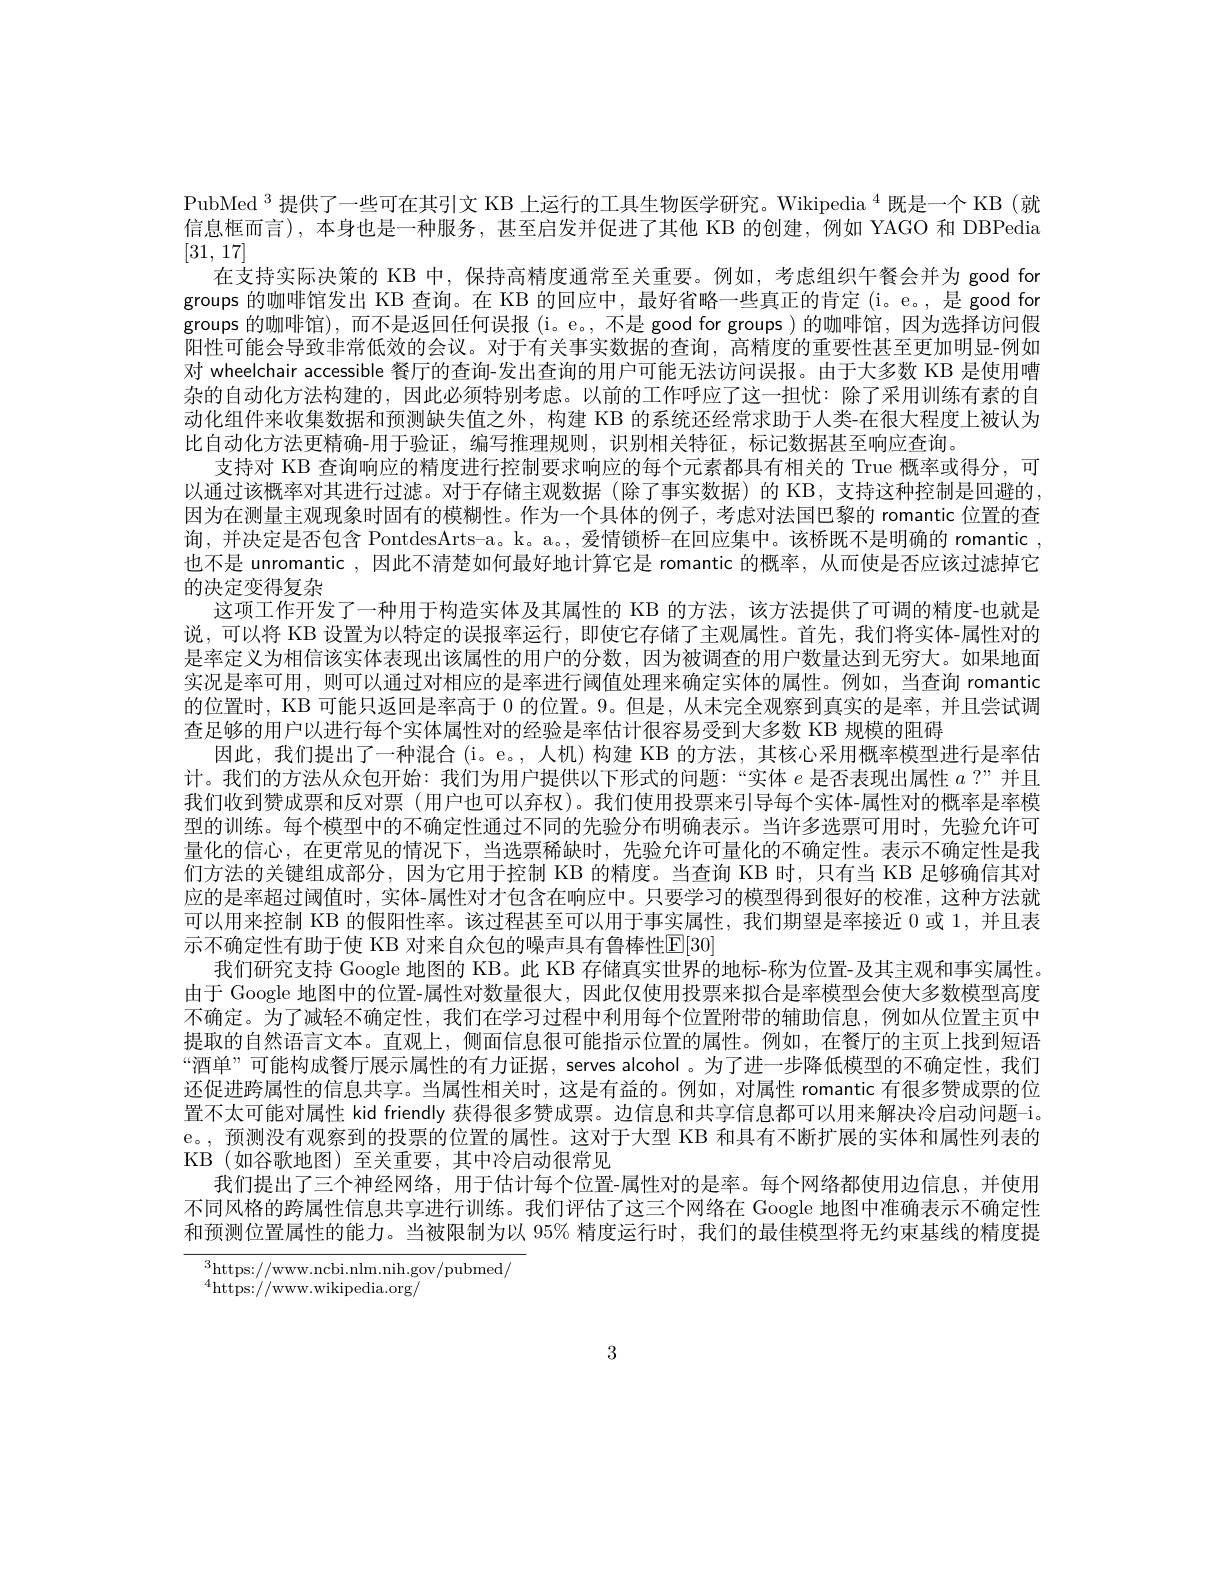
PubMed $^{3}$提供了一些可在其引文 KB 上运行的工具生物医学研究。Wikipedia $^{4}$既是一个 KB (就信息框而言),本身也是一种服务，甚至启发并促进了其他 KB 的创建，例如 YAGO 和 DBPedia [31, 17]
在支持实际决策的 KB 中，保持高精度通常至关重要。例如，考虑组织午餐会并为 good for groups 的咖啡馆发出 KB 查询。在 KB 的回应中，最好省略一些真正的肯定 (i。e。,是 good for groups 的咖啡馆), 而不是返回任何误报 (i。e。, 不是 good for groups ) 的咖啡馆，因为选择访问假阳性可能会导致非常低效的会议。对于有关事实数据的查询，高精度的重要性甚至更加明显-例如对 wheelchair accessible 餐厅的查询-发出查询的用户可能无法访问误报。由于大多数 KB 是使用嘈杂的自动化方法构建的，因此必须特别考虑。以前的工作呼应了这一担忧：除了采用训练有素的自动化组件来收集数据和预测缺失值之外，构建 KB 的系统还经常求助于人类-在很大程度上被认为比自动化方法更精确-用于验证，编写推理规则，识别相关特征，标记数据甚至响应查询。
支持对 KB 查询响应的精度进行控制要求响应的每个元素都具有相关的 True 概率或得分，可以通过该概率对其进行过滤。对于存储主观数据(除了事实数据)的 KB,支持这种控制是回避的因为在测量主观现象时固有的模糊性。作为一个具体的例子，考虑对法国巴黎的 romantic 位置的查询，并决定是否包含 PontdesArts-a。k。a。, 爱情锁桥-在回应集中。该桥既不是明确的 romantic. 也不是 unromantic,因此不清楚如何最好地计算它是 romantic 的概率，从而使是否应该过滤掉它的决定变得复杂
这项工作开发了一种用于构造实体及其属性的 KB 的方法，该方法提供了可调的精度-也就是说，可以将 KB 设置为以特定的误报率运行，即使它存储了主观属性。首先，我们将实体-属性对的是率定义为相信该实体表现出该属性的用户的分数，因为被调查的用户数量达到无穷大。如果地面实况是率可用，则可以通过对相应的是率进行阈值处理来确定实体的属性。例如，当查询 romantic 的位置时，KB 可能只返回是率高于0的位置。9。但是，从未完全观察到真实的是率，并且尝试调查足够的用户以进行每个实体属性对的经验是率估计很容易受到大多数 KB 规模的阻碍
因此，我们提出了一种混合(i。e。,人机)构建 KB 的方法，其核心采用概率模型进行是率估计。我们的方法从众包开始：我们为用户提供以下形式的问题：“实体$e$是否表现出属性$a$ ?”并且我们收到赞成票和反对票 (用户也可以弃权)。我们使用投票来引导每个实体-属性对的概率是率模型的训练。每个模型中的不确定性通过不同的先验分布明确表示。当许多选票可用时，先验允许可量化的信心，在更常见的情况下，当选票稀缺时，先验允许可量化的不确定性。表示不确定性是我们方法的关键组成部分，因为它用于控制 KB 的精度。当查询 KB 时，只有当 KB 足够确信其对应的是率超过阈值时，实体-属性对才包含在响应中。只要学习的模型得到很好的校准，这种方法就可以用来控制 KB 的假阳性率。该过程甚至可以用于事实属性，我们期望是率接近 0 或 1, 并且表示不确定性有助于使 KB 对来自众包的噪声具有鲁棒性E[30]
我们研究支持 Google 地图的 KB。此 KB 存储真实世界的地标-称为位置-及其主观和事实属性。由于 Google 地图中的位置-属性对数量很大，因此仅使用投票来拟合是率模型会使大多数模型高度不确定。为了减轻不确定性，我们在学习过程中利用每个位置附带的辅助信息，例如从位置主页中提取的自然语言文本。直观上，侧面信息很可能指示位置的属性。例如，在餐厅的主页上找到短语“酒单”可能构成餐厅展示属性的有力证据，serves alcohol。为了进一步降低模型的不确定性，我们还促进跨属性的信息共享。当属性相关时，这是有益的。例如，对属性 romantic 有很多赞成票的位置不太可能对属性 kid friendly 获得很多赞成票。边信息和共享信息都可以用来解决冷启动问题-i。e。, 预测没有观察到的投票的位置的属性。这对于大型 KB 和具有不断扩展的实体和属性列表的KB(如谷歌地图)至关重要，其中冷启动很常见
我们提出了三个神经网络，用于估计每个位置-属性对的是率。每个网络都使用边信息，并使用不同风格的跨属性信息共享进行训练。我们评估了这三个网络在 Google 地图中准确表示不确定性和预测位置属性的能力。当被限制为以 95% 精度运行时，我们的最佳模型将无约束基线的精度提

$^{3}$https://www.ncbi.nlm.nih.gov/pubmed/
$^{4}$https://www.wikipedia.org/

3